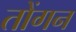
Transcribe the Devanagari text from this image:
तोंगन